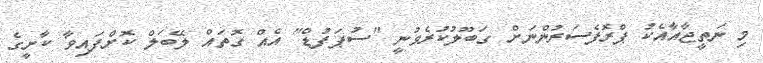
މި ނަތީޖާއާއެކު ޕްރޮފެސަރުންނަށް ގަބޫލުކުރެވުނީ "ސުޕަފުޑް" އެއް ގޮތައް ލޭބަލް ކޮށްފައިވާ ކާށީގެ